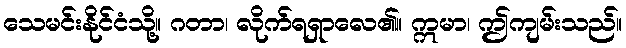
သေမင်းနိုင်ငံသို့။ ဂတာ၊ လိုက်ရရှာလေ၏။ ဣမာ၊ ဤကျမ်းသည်။